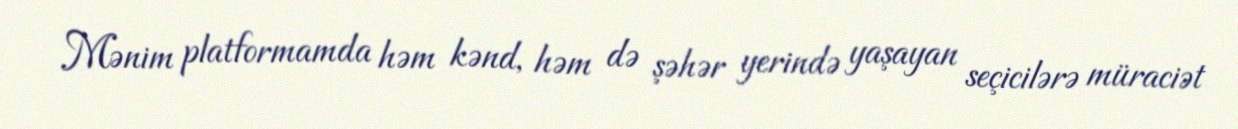
Mənim platformamda həm kənd, həm də şəhər yerində yaşayan seçicilərə müraciət